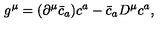
g ^ { \mu } = ( \partial ^ { \mu } \bar { c } _ { a } ) c ^ { a } - \bar { c } _ { a } D ^ { \mu } c ^ { a } ,